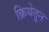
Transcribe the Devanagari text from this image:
क्रियेतून